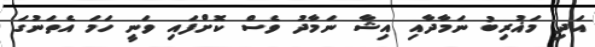
އަދި މަޣުރިބު ނަމާދާއި އިޝާ ނަމާދު ވެސް ކޮށްފައި ވަނީ ހަމަ އެތަނުގަ